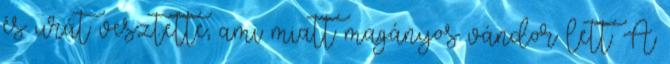
és urát vesztette, ami miatt magányos vándor lett. A